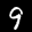
Label: 9